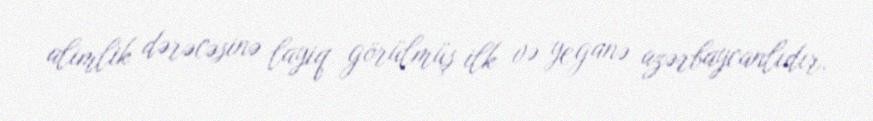
alimlik dərəcəsinə layiq görülmüş ilk və yeganə azərbaycanlıdır.